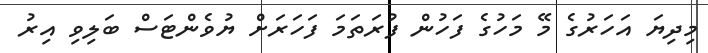
މިދިޔަ އަހަރުގެ މޭ މަހުގެ ފަހުން ފުރަތަމަ ފަހަރަށް ޔުވެންޓަސް ބަލިވި އިރު